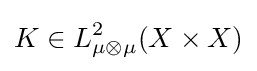
K\in L_{\mu \otimes \mu }^{2}(X\times X)